Vaccination returns of the Province of Eastern Bengal and Assam - 1905-1912
Year: 1905
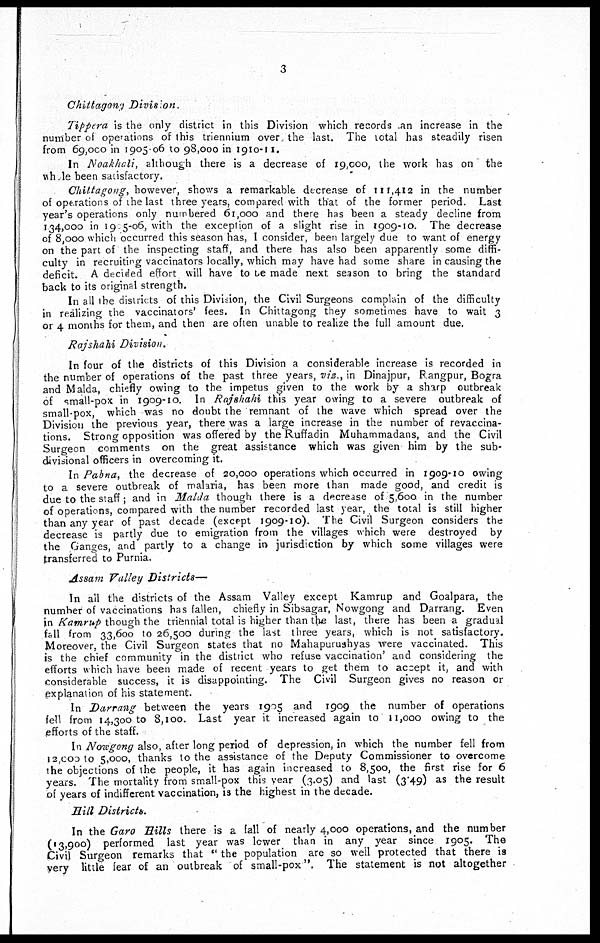
3
Chhittagong Divisision.
Tippera is the only district in this Division which records an increase in the
number of operations of this triennium over the last. The total has steadily risen
from 69,000 in 1905-06 to 98,000 in 1910-11.
In Noakhali, although there is a decrease of 19,000, the work has on the
whole been satisfactory.
Chittagong, however, shows a remarkable decrease of 111,412 in the number
of operations of the last three years, compared with that of the former period. Last
year's operations only numbered 61,000 and there has been a steady decline from
134,000 in 1905-06, with the exception of a slight rise in 1909-10. The decrease
of 8,000 which occurred this season has, I consider, been largely due to want of energy
on the part of the inspecting staff, and there has also been apparently some diffi-
culty in recruiting vaccinators locally, which may have had some share in causing the
deficit. A decided effort will have to be made next season to bring the standard
back to its original strength.
In all the districts of this Division, the Civil Surgeons complain of the difficulty
in realizing the vaccinators' fees. In Chittagong they sometimes have to wait 3
or 4 months for them, and then are often unable to realize the full amount due.
Rajshahi Division.
In four of the districts of this Division a considerable increase is recorded in
the number of operations of the past three years, viz., in Dinajpur, Rangpur, Bogra
and Malda, chiefly owing to the impetus given to the work by a sharp outbreak
of small-pox in 1909-10. In Rajshahi this year owing to a severe outbreak of
small-pox, which was no doubt the remnant of the wave which spread over the
Division the previous year, there was a large increase in the number of revaccina-
tions. Strong opposition was offered by the Ruffadin Muhammadans, and the Civil
Surgeon comments on the great assistance which was given him by the sub-
divisional officers in overcoming it.
In Pabna, the decrease of 20,000 operations which occurred in 1909-10 owing
to a severe outbreak of malaria, has been more than made good, and credit is
due to the staff; and in Malda though there is a decrease of 5,600 in the number
of operations, compared with the number recorded last year, the total is still higher
than any year of past decade (except 1909-10). The Civil Surgeon considers the
decrease is partly due to emigration from the villages which were destroyed by
the Ganges, and partly to a change in jurisdiction by which some villages were
transferred to Purnia.
Assam Valley Districts—
In all the districts of the Assam Valley except Kamrup and Goalpara, the
number of vaccinations has fallen, chiefly in Sibsagar, Nowgong and Darrang. Even
in Kamrup though the triennial total is higher than the last, there has been a gradual
fall from 33,600 to 26,500 during the last three years, which is not satisfactory.
Moreover, the Civil Surgeon states that no Mahapuruahyas were vaccinated. This
is the chief community in the district who refuse vaccination' and considering the
efforts which have been made of recent years to get them to accept it, and with
considerable success, it is disappointing. The Civil Surgeon gives no reason or
explanation of his statement.
In Darrang between the years 1905 and 1909 the number of operations
fell from 14,300 to 8,100. Last year it increased again to 11,000 owing to the
efforts of the staff.
In Nowgong also, after long period of depression, in which the number fell from
12,000 to 5,000, thanks to the assistance of the Deputy Commissioner to overcome
the objections of the people, it has again increased to 8,500, the first rise for 6
years. The mortality from small-pox this year (3.05) and last (3.49) as the result
of years of indifferent vaccination, is the highest in the decade.
Hill Districts.
In the Garo Hills there is a fall of nearly 4,000 operations, and the number
(13,900) performed last year was lower than in any year since 1905. The
Civil Surgeon remarks that '' the population are so well protected that there is
very little fear of an outbreak of small-pox". The statement is not altogether